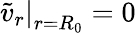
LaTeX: \left.\tilde{v}_{r}\right|_{r=R_{0}}=0